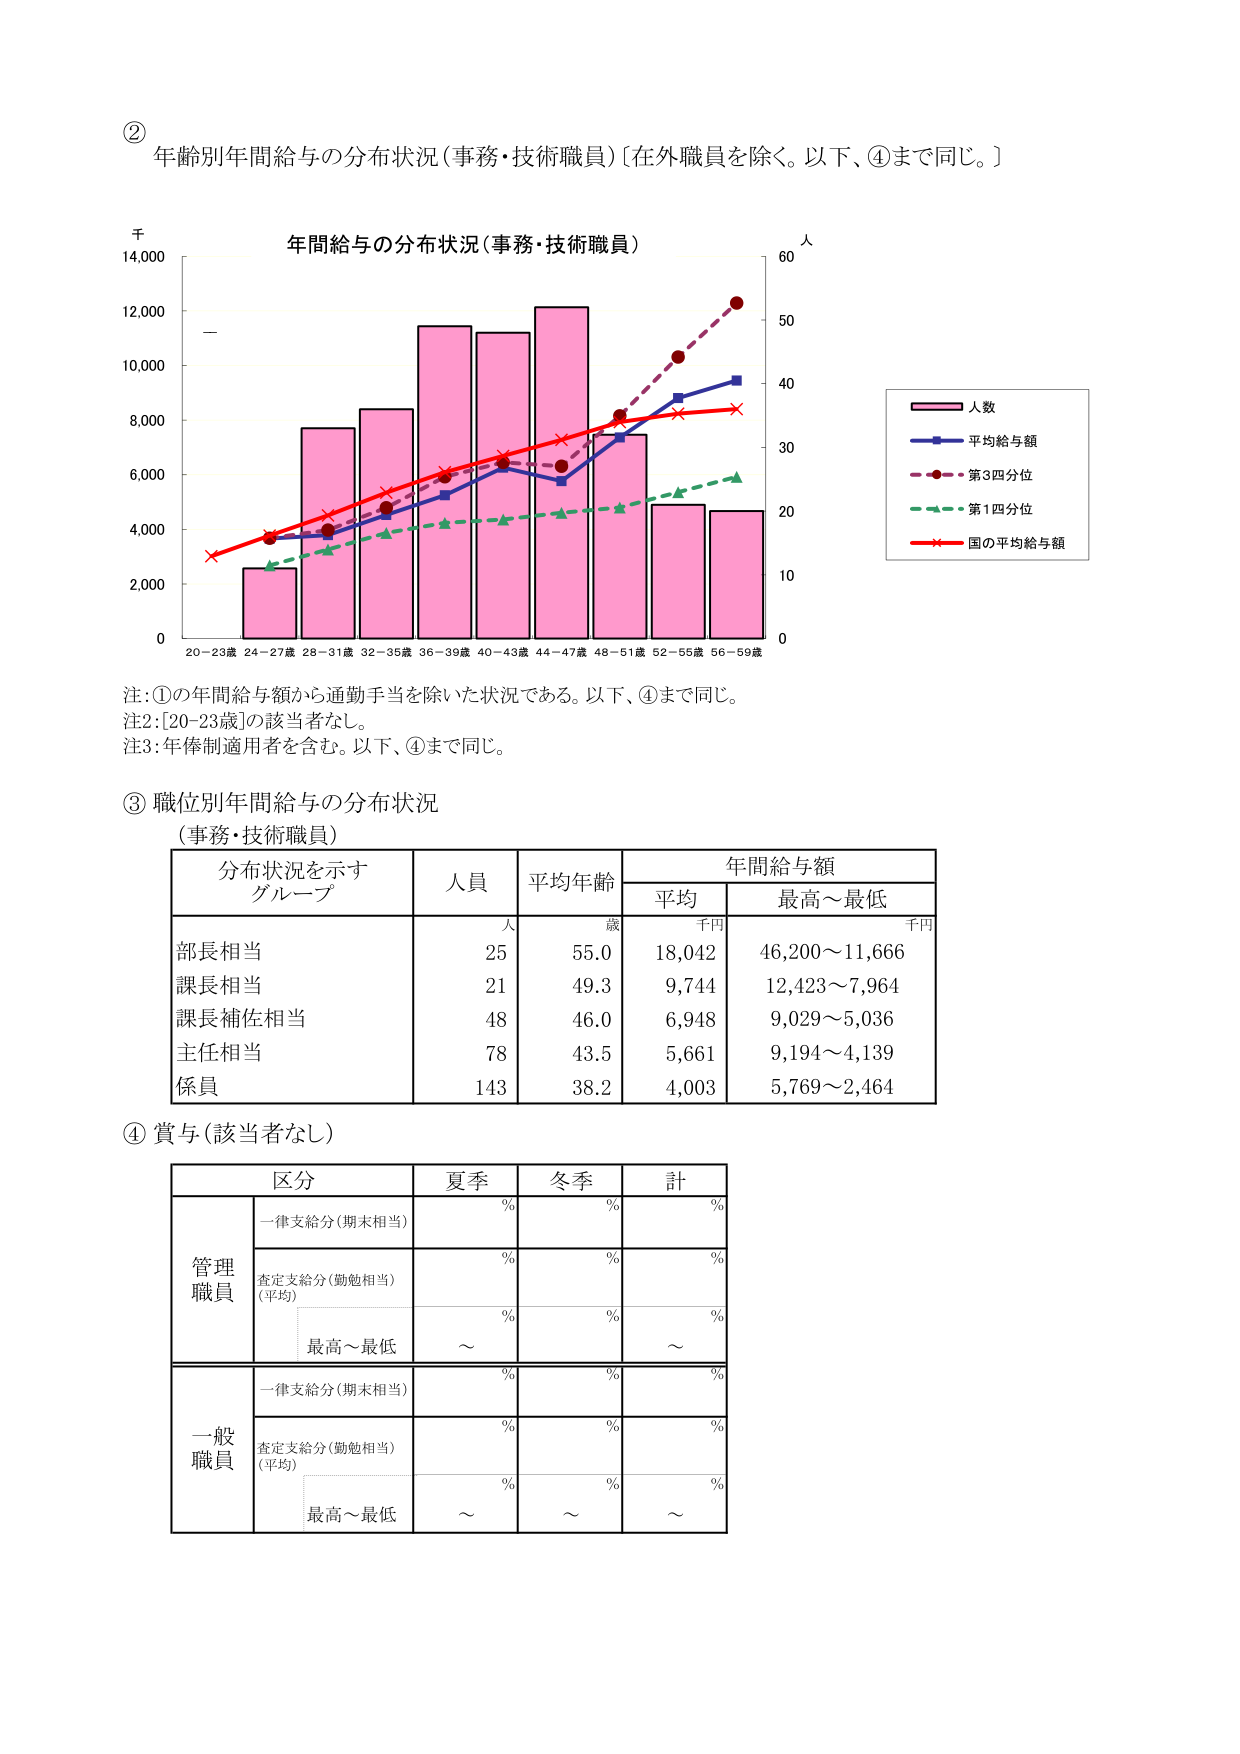
② 年齢別年間給与の分布状況（事務・技術職員）〔在外職員を除く。以下、④まで同じ。〕

千
14,000
12,000
10,000
8,000
6,000
4,000
2,000
0

年間給与の分布状況（事務・技術職員）

人
60
50
40
30
20
10
0

20－23歳 24－27歳 28－31歳 32－35歳 36－39歳 40－43歳 44－47歳 48－51歳 52－55歳 56－59歳

■ 人数
■ 平均給与額
■ 第3四分位
■ 第1四分位
■ 国の平均給与額

注：①の年間給与額から通勤手当を除いた状況である。以下、④まで同じ。
注2：[20-23歳]の該当者なし。
注3：年俸制適用者を含む。以下、④まで同じ。

③ 職位別年間給与の分布状況
（事務・技術職員）

分布状況を示す
グループ　　　　　人員　　　平均年齢　　　年間給与額
　　　　　　　　　　人　　　　歳　　　　平均　　　　最高～最低
　　　　　　　　　　　　　　　　　　千円　　　　千円

部長相当　　　　　25　　　　55.0　　　18,042　　　46,200～11,666
課長相当　　　　　21　　　　49.3　　　9,744　　　　12,423～7,964
課長補佐相当　　　48　　　　46.0　　　6,948　　　　9,029～5,036
主任相当　　　　　78　　　　43.5　　　5,661　　　　9,194～4,139
係員　　　　　　　143　　　　38.2　　　4,003　　　　5,769～2,464

④ 賞与（該当者なし）

区分　　　　　夏季　　　冬季　　　計
　　　　　　　%　　　　%　　　　%
管理職員　　一律支給分（期末相当）